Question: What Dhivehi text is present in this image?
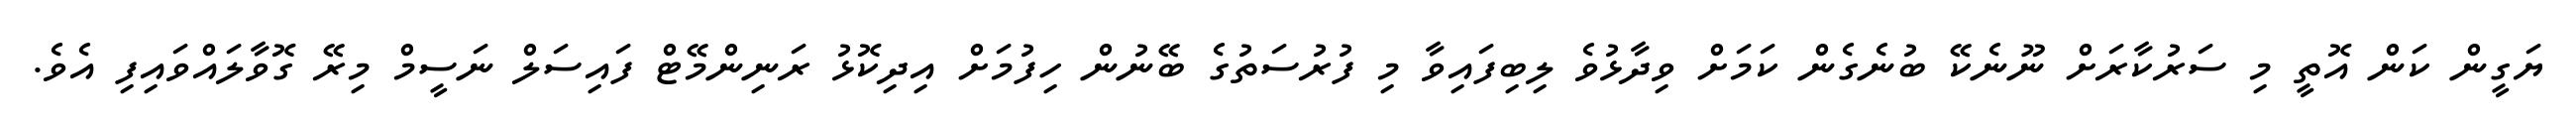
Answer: ޔަގީން ކަން އޮތީ މި ސަރުކާރަށް ނޫނެކޭ ބުނެގެން ކަމަށް ވިދާޅުވެ ލިބިފައިވާ މި ފުރުސަތުގެ ބޭނުން ހިފުމަށް އިދިކޮޅު ރަނިންމޭޓް ފައިސަލް ނަސީމް މިރޭ ގޮވާލައްވައިފި އެވެ.